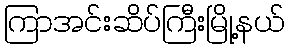
ကြာအင်းဆိပ်ကြီးမြို့နယ်